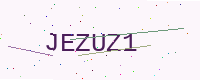
Text: JEZUZ1